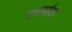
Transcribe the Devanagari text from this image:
एरोमोटर